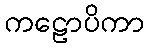
ကဠောပိကာ